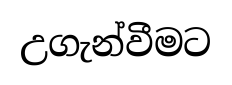
උගැන්වීමට